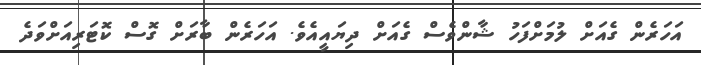
އަހަރެން ގެއަށް ލުމަށްފަހު ޝާންވެސް ގެއަށް ދިޔައީއެވެ. އަހަރެން ބާރަށް ގޮސް ކޮޓަރިއަށްވަދެ